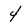
Character: 4